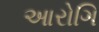
આરોગિ